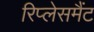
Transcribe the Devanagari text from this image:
रिप्लेसमैंट